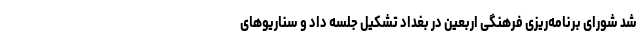
شد شورای برنامه‌ریزی فرهنگی اربعین در بغداد تشکیل جلسه داد و سناریوهای